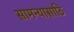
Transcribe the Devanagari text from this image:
सामन्यासाठि